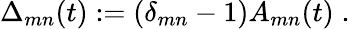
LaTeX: \Delta_{mn}(t):=(\delta_{mn}-1)A_{mn}(t)\; .